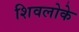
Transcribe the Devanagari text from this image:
शिवलोके